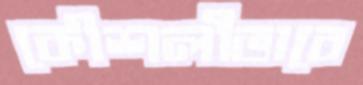
কৌশলীভাবে